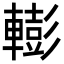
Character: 𨎧